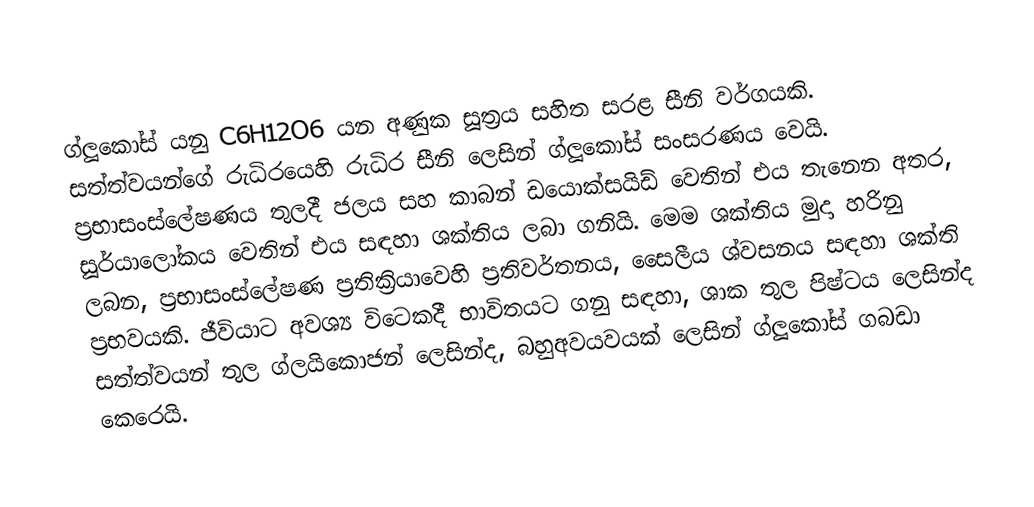
ග්ලූකෝස් යනු  C6H12O6 යන අණුක සූත්‍රය සහිත සරළ සීනි වර්ගයකි. සත්ත්වයන්ගේ රුධිරයෙහි රුධිර සීනි ලෙසින් ග්ලූකෝස් සංසරණය වෙයි. ප්‍රභාසංස්ලේෂණය තුලදී ජලය සහ කාබන් ඩයොක්සයිඩ් වෙතින් එය තැනෙන අතර, සූර්යාලෝකය වෙතින් එය සඳහා ශක්තිය ලබා ගනියි. මෙම ශක්තිය මුදා හරිනු ලබන, ප්‍රභාසංස්ලේෂණ ප්‍රතික්‍රියාවෙහි ප්‍රතිවර්තනය,  සෛලීය ශ්වසනය සඳහා ශක්ති ප්‍රභවයකි. ජීවියාට අවශ්‍ය විටෙකදී භාවිතයට ගනු සඳහා, ශාක තුල පිෂ්ටය ලෙසින්ද සත්ත්වයන් තුල ග්ලයිකොජන් ලෙසින්ද,  බහුඅවයවයක් ලෙසින් ග්ලූකෝස් ගබඩා කෙරෙයි.